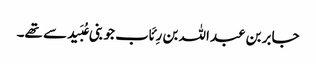
جابر بن عبداللہ بن رِئَاب جو بنی عُبَید سے تھے۔